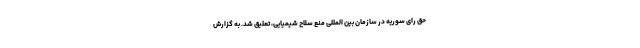
حق رای سوریه در سازمان بین المللی منع سلاح شیمیایی، تعلیق شد. به گزارش